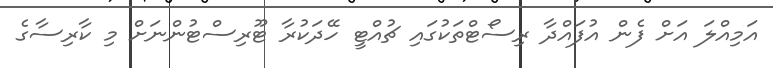
އަމިއްލަ އަށް ފެން އުފައްދާ ރިސޯޓްތަކުގައި ޗުއްޓީ ހޭދަކުރާ ޓޫރިސްޓުންނަށް މި ކާރިސާގެ